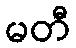
မတီ